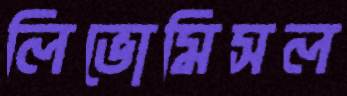
লিভোমিসল